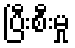
ပြီးစီးမှု